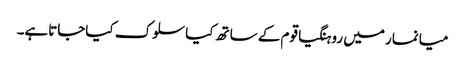
میانمار میں روہنگیاقوم کے ساتھ کیاسلوک کیاجاتاہے۔